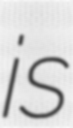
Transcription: is